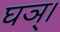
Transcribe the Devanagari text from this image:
घञ्।